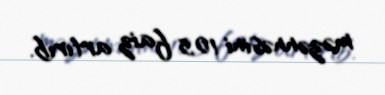
məzənnəsini 10,5 faiz artırıb.